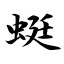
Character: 蜓